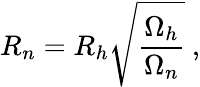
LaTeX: R_{n}=R_{h}\sqrt{\frac{\Omega_{h}}{\Omega_{n}}}\ ,